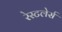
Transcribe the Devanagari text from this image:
रेस्टलेर्स